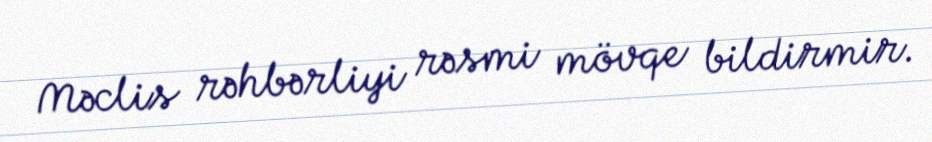
Məclis rəhbərliyi rəsmi mövqe bildirmir.